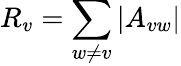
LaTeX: R_{v}=\sum_{w\neq v}|A_{vw}|